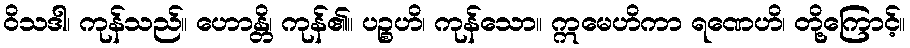
ဝိသဒါ၊ ကုန်သည်။ ဟောန္တိ၊ ကုန်၏။ ပဉ္စဟိ၊ ကုန်သော။ ဣမေဟိကာ ရဏေဟိ၊ တို့ကြောင့်။